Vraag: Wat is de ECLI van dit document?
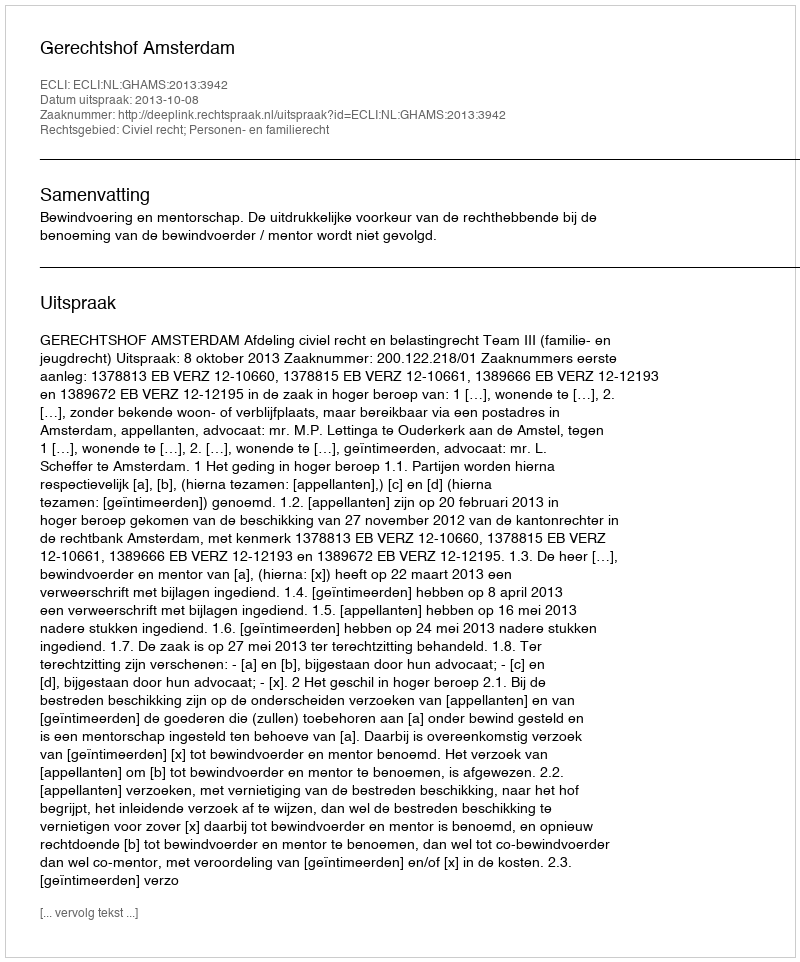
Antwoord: ECLI:NL:GHAMS:2013:3942